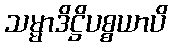
သမ္မာဒိဋ္ဌိပစ္စယာပိ